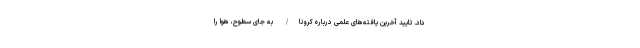
داد. تایید آخرین یافته‌های علمی درباره کرونا/ به جای سطوح، هوا را